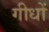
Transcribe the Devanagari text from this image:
गीधों